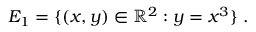
E _ { 1 } = \{ ( x , y ) \in \mathbb { R } ^ { 2 } : y = x ^ { 3 } \} \ .